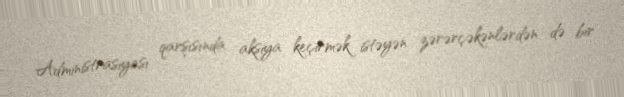
Administrasiyası qarşısında aksiya keçirmək istəyən zərərçəkənlərdən də bir